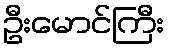
ဦးမောင်ကြီး